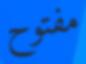
مفتوح